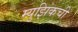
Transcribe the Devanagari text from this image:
म्युझिकची